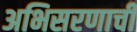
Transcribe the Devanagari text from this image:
अभिसरणाची